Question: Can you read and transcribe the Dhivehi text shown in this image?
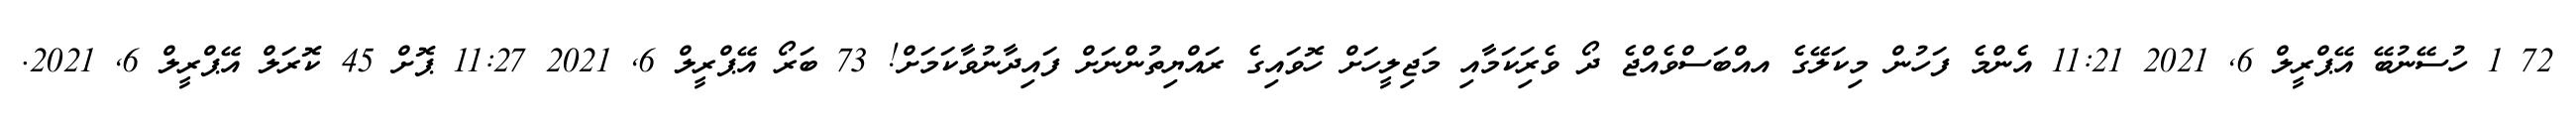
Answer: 72 1 ހުސޭނުބޭ އޭޕްރީލް 6, 2021 11:21 އެންމެ ފަހުން މިކަލޭގެ އއްބަސްވެއްޖެ ދޯ ވެރިަކަމާއި މަޖިލީހަށް ހޮވައިގެ ރައްޔިތުންނަށް ފައިދާނުވާކަމަށް! 73 ބަރޯ އޭޕްރީލް 6, 2021 11:27 ޕޮށް 45 ކޮރަލް އޭޕްރީލް 6, 2021.